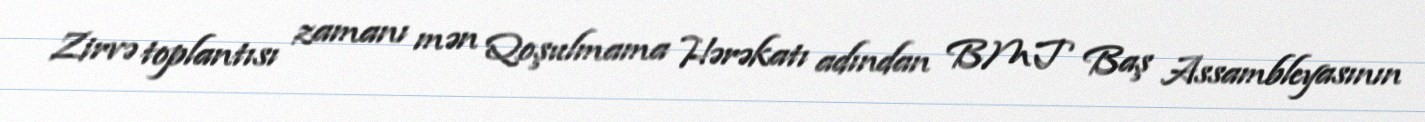
Zirvə toplantısı zamanı mən Qoşulmama Hərəkatı adından BMT Baş Assambleyasının